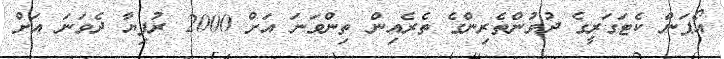
އޯޕަން ކެޓަގަރީގެ ދުވުންތެރިންގެ ތެރެއިން ތިންވަނަ އަށް 2000 ރުފިޔާ ދެވަނަ އަށް